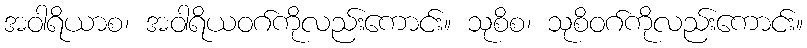
အဝါရိယာစ၊ အဝါရိယဝဂ်ကိုလည်းကောင်း။ သုစိစ၊ သုစိဝဂ်ကိုလည်းကောင်း။